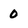
Character: 0